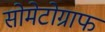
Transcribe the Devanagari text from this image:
सोमेटोग्राफ